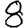
Digit: 8